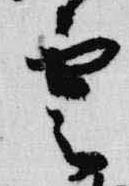
雲